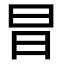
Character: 𭥗